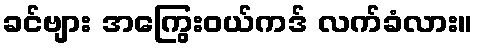
ခင်ဗျား အကြွေးဝယ်ကဒ် လက်ခံလား။